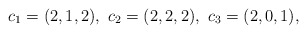
\begin{align*}c_1=(2,1,2),\ c_2=(2,2,2),\ c_3=(2,0,1),\end{align*}